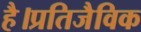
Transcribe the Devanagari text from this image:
है।प्रतिजैविक